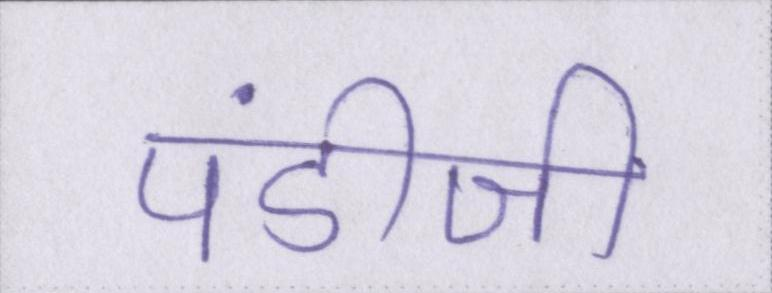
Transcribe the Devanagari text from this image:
पंडीजी